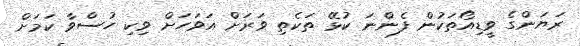
ރަޔަންގެ ވީޑިއޯތަކުން ފެންނަ ކުޅޭ ތަކެތި ވަރަށް އަވަހަށް ވިކި ހުސްވާ ކަމަށް